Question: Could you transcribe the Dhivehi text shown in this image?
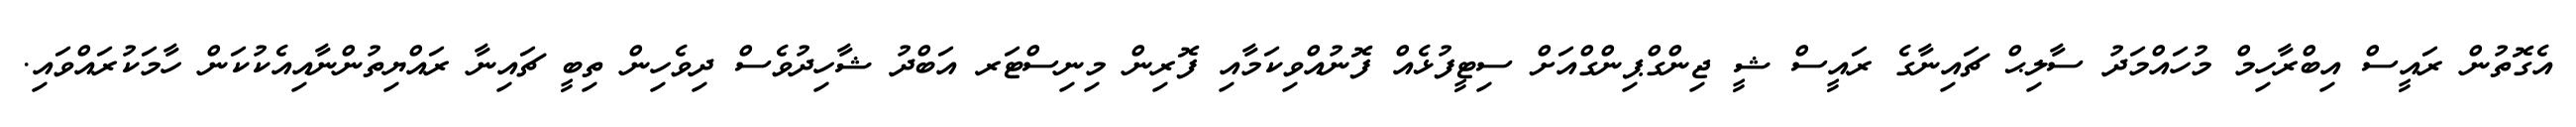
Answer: އެގޮތުން ރައީސް އިބްރާހިމް މުހައްމަދު ސާލިޙް ޗައިނާގެ ރައީސް ޝީ ޖިންގްޕިންގްއަށް ސިޓީފުޅެއް ފޮނުއްވިކަމާއި ފޮރިން މިނިސްޓަރ އަބްދު ޝާހިދުވެސް ދިވެހިން ތިބީ ޗައިނާ ރައްޔިތުންނާއިއެކުކަން ހާމަކުރައްވައި.